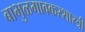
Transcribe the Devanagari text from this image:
बाभुळगावकरशास्त्री